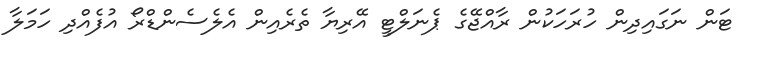
ޓަން ނަގައިދިން ހުރަހަކުން ރާއްޖޭގެ ޕެނަލްޓީ އޭރިޔާ ތެރެއިން އެލެސެންޑްރޯ އުފެއްދި ހަމަލާ